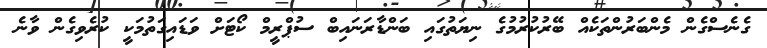
ގެނެސްގެން މެންބަރުންތަކެއް ބޭރުކުރުމުގެ ނިޔަތުގައި ބަންޑާރަނައިބް ސުޕްރީމް ކޯޓަށް ވަޑައިގަތުމަކީ ކުރެވިގެން ވާނެ